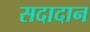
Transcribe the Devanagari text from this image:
सदादान